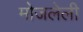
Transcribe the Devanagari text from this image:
मोजलेली